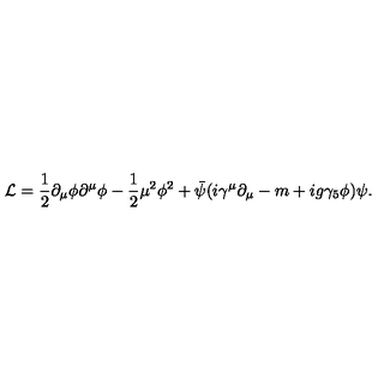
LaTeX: { \cal L } = \frac { 1 } { 2 } \partial _ { \mu } \phi \partial ^ { \mu } \phi - \frac { 1 } { 2 } \mu ^ { 2 } \phi ^ { 2 } + \bar { \psi } ( i \gamma ^ { \mu } \partial _ { \mu } - m + i g \gamma _ { 5 } \phi ) \psi .